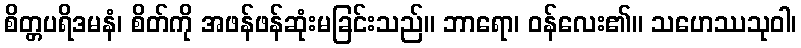
စိတ္တပရိဒမနံ၊ စိတ်ကို အဖန်ဖန်ဆုံးမခြင်းသည်။ ဘာရော၊ ဝန်လေး၏။ သဟေဿသုဝါ၊